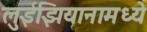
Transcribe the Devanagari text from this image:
लुईझियानामध्ये